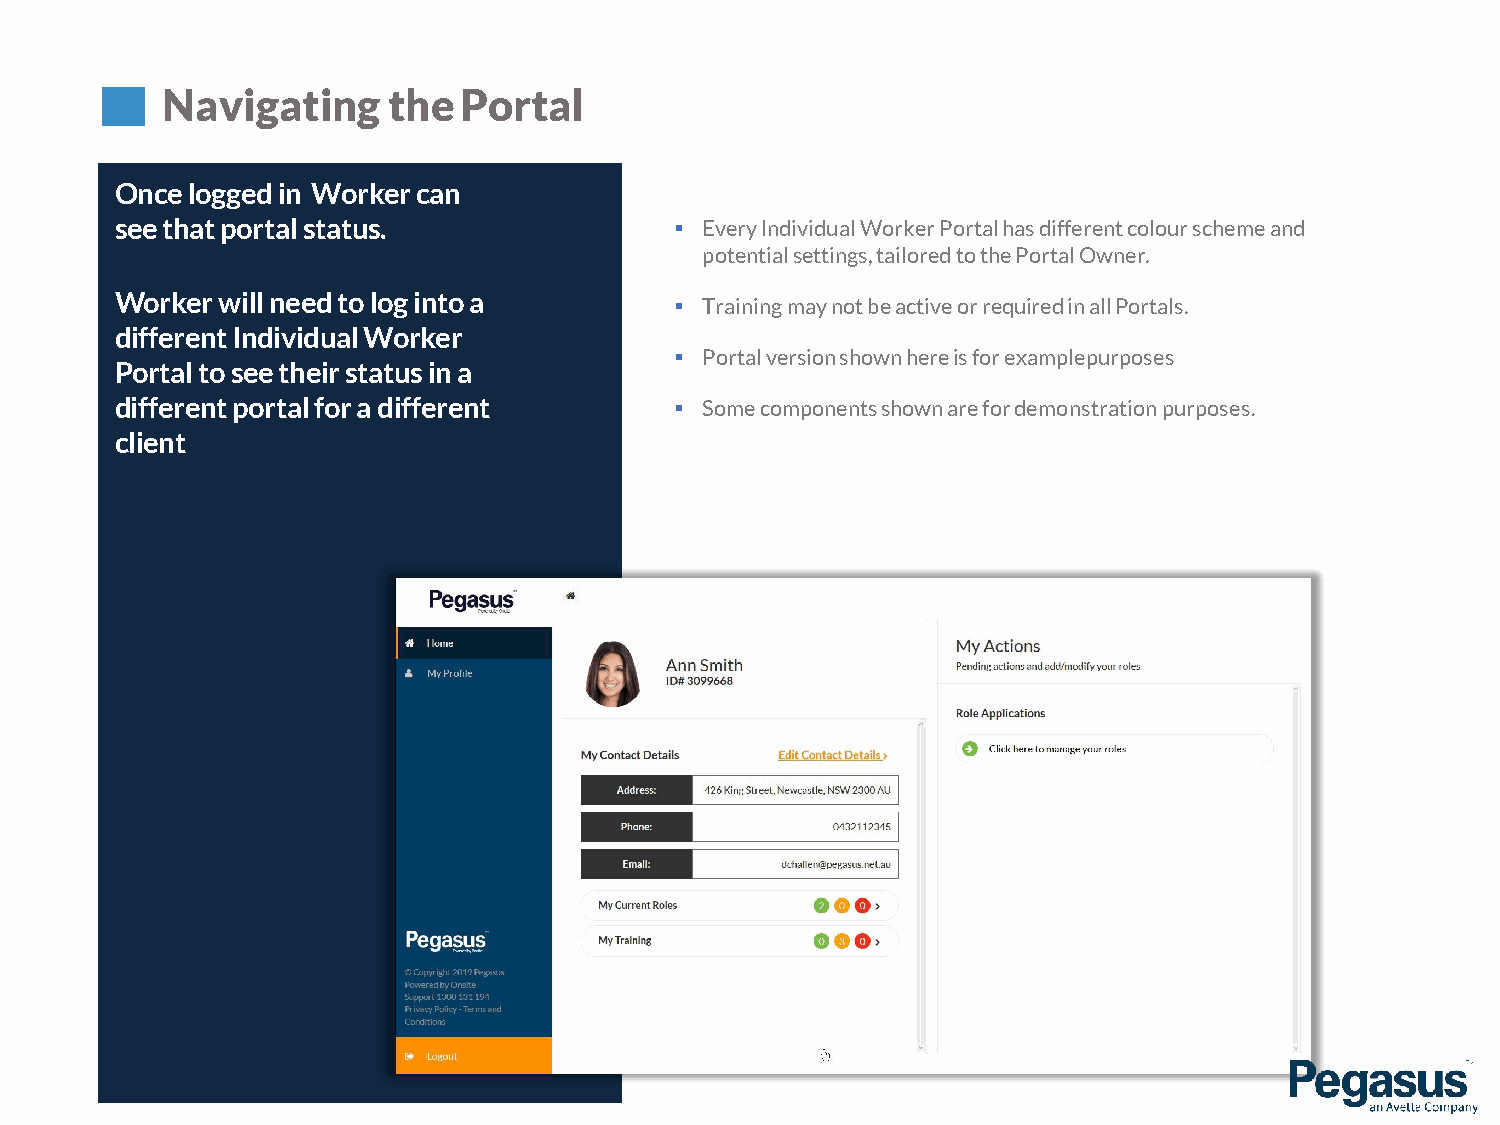
Navigating     thePortal
 Once logged in Worker can
 see that portal status.               EveryIndividualWorkerPortalhasdifferentcolourschemeand
 potentialsettings,tailoredtothePortalOwner.
 Worker will need to log into a
  Trainingmay notbeactiveor requiredin allPortals.
 different Individual Worker
  Portalversionshownhereisfor examplepurposes
 Portal to see their status in a
 different portal for a different      Somecomponentsshownarefordemonstrationpurposes.
 client